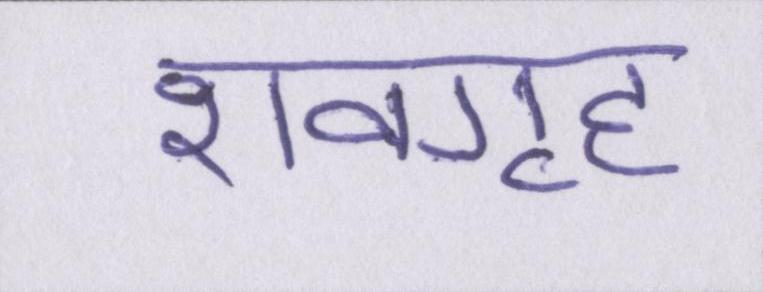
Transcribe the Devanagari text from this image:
शवगृह